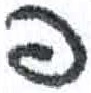
אות: פ